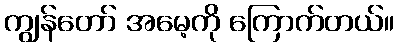
ကျွန်တော် အမေ့ကို ကြောက်တယ်။